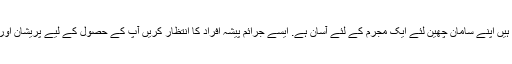
یہ جب آپ رقم کے تبادلے یا ایک رینٹل بکنگ جیسے دوسری چیزوں پر مصروف ہیں اپنے سامان چھین لئے ایک مجرم کے لئے آسان ہے. ایسے جرائم پیشہ افراد کا انتظار کریں آپ کے حصول کے لیے پریشان اور ہجوم میں یہ ان کو حاصل کرنا مشکل ہے کہ غائب ہوتے ہوئے اپنے بیگ چھین ۔